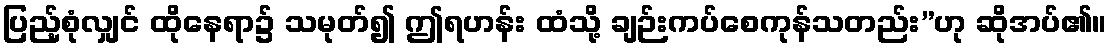
ပြည့်စုံလျှင် ထိုနေရာ၌ သမုတ်၍ ဤရဟန်း ထံသို့ ချဉ်းကပ်စေကုန်သတည်း”ဟု ဆိုအပ်၏။